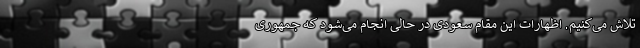
تلاش می‌کنیم. اظهارات این مقام سعودی در حالی انجام می‌شود که جمهوری